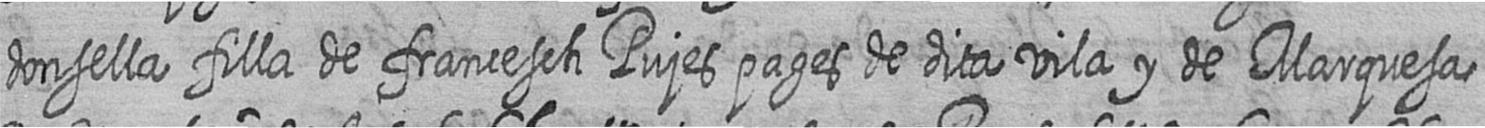
donsella filla de francesch Pujes pages de dita vila y de Marquesa